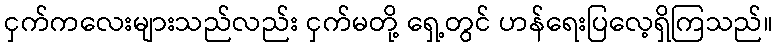
ငှက်ကလေးများသည်လည်း ငှက်မတို့ ရှေ့တွင် ဟန်ရေးပြလေ့ရှိကြသည်။